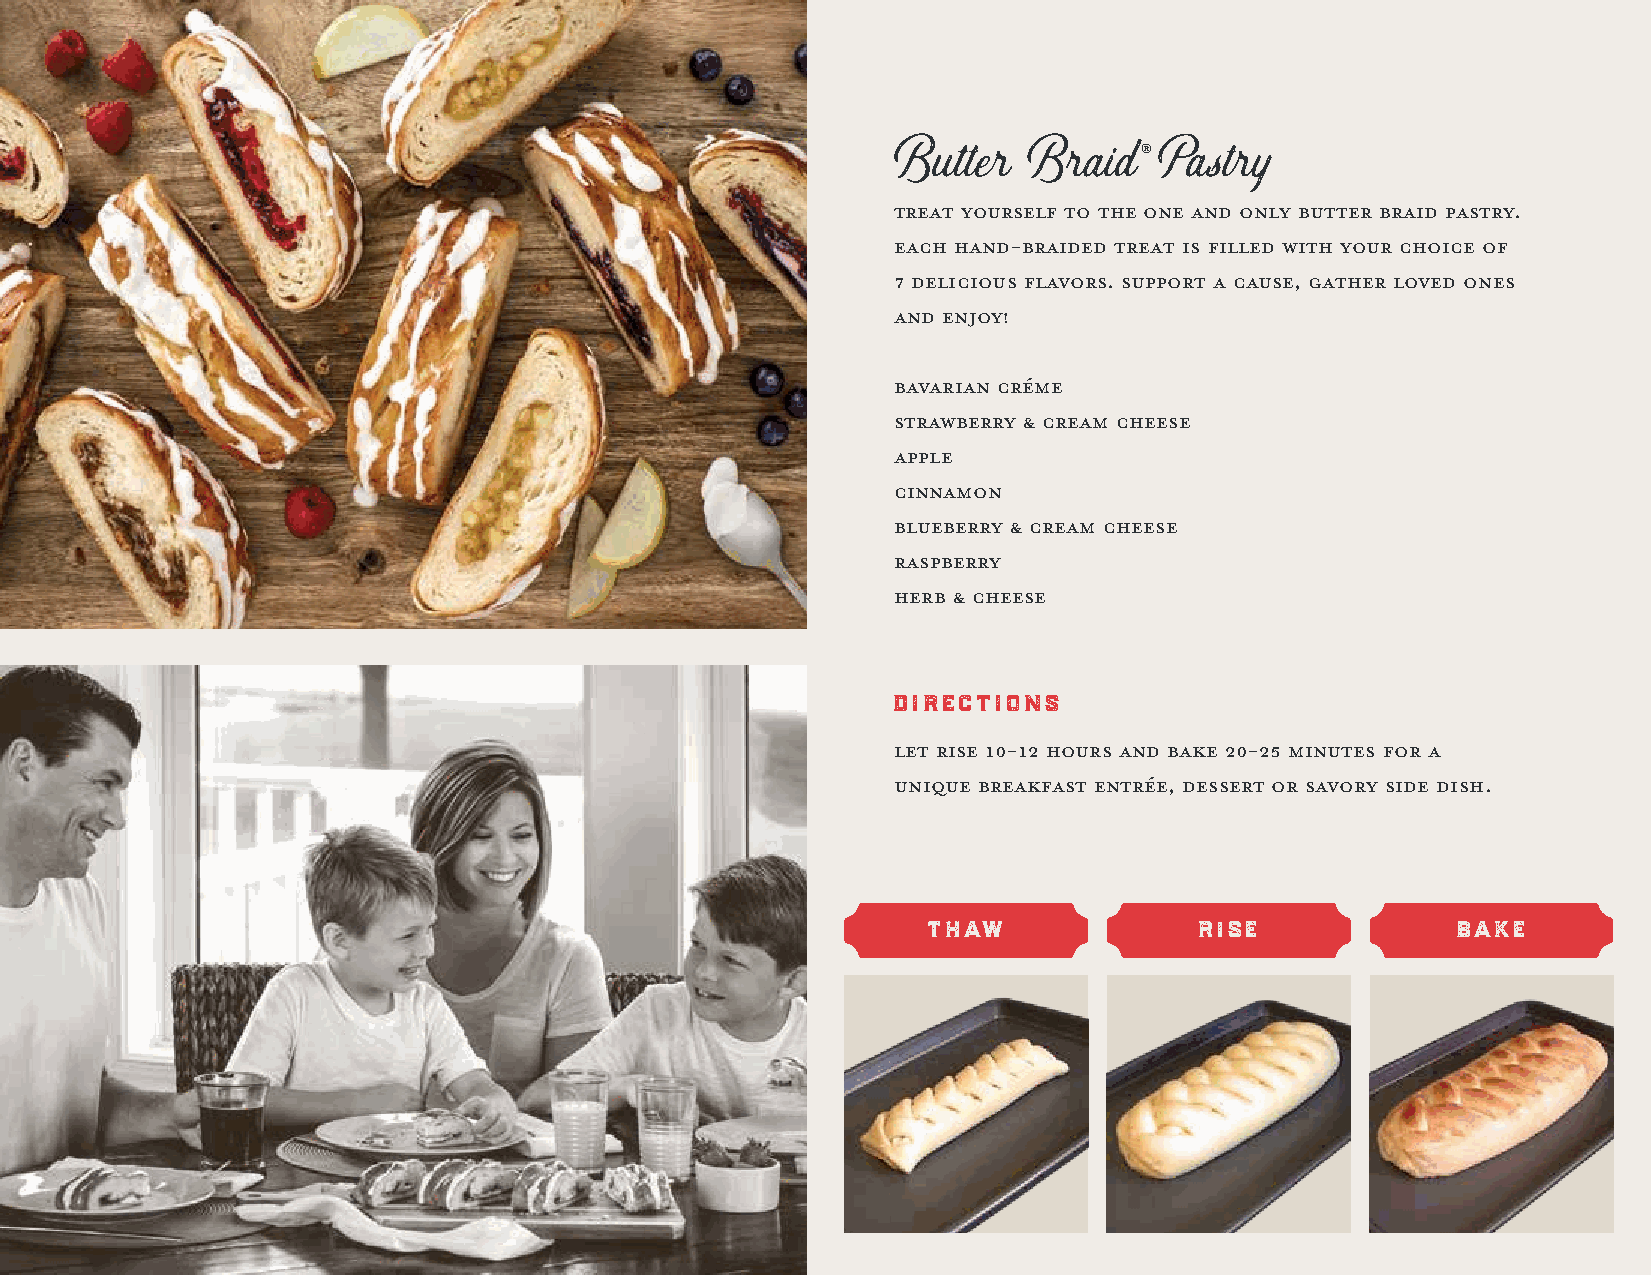
®
 Butter   Braid    Pastry
 Treat yourself to the one and only Butter Braid pastry.
 Each hand-braided treat is filled with your choice of
 7 delicious flavors. Support a cause, gather loved ones
 and enjoy!
 BAVARIAN CRÉME
 Strawberry & Cream Cheese
 Apple
 Cinnamon
 Blueberry & Cream Cheese
 Raspberry
 Herb & Cheese
 directions
 Let rise 10-12 hours and bake 20-25 minutes for a
 unique breakfast entrÉe, dessert or savory side dish.
 thaw              rise             bake